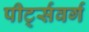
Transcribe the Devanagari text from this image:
पीर्ट्सवर्ग